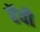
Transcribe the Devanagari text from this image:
हॅवी